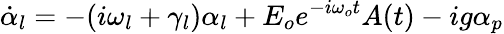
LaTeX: \dot{\alpha}_{l}=-(i\omega_{l}+\gamma_{l})\alpha_{l}+E_{o}e^{-i\omega_{o}t}A(t)-ig\alpha_{p}